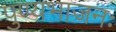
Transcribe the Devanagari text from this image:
पुण्यभाजनः